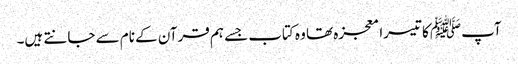
آپﷺ کا تیسرا معجزہ تھا وہ کتاب جسے ہم قرآن کے نام سے جانتے ہیں۔